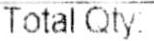
TOTAL QTY: